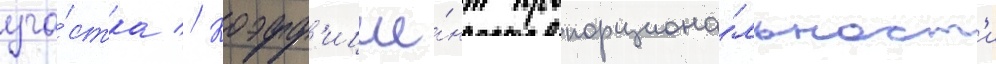
уча́стка // Коэфф'ицие́нт пропорциона́льност'и